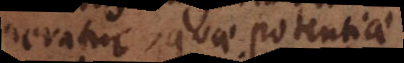
attemperatur, quae potentiae